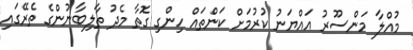
މުއްލާ މަންސޫރު އައްޔަނު ކުރުމަށް ކަންތައް ހިންގި ގޮތާ މެދު ތާލިބާނުންގެ ތެރޭގައި